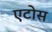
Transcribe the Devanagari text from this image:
एटोस